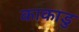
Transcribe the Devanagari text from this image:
काकाडु